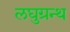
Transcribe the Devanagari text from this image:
लघुग्रन्थ